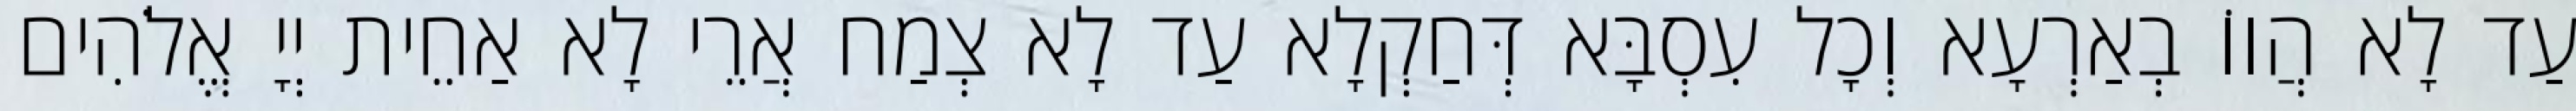
עַד לָא הֲווֹ בְאַרְעָא וְכָל עִסְבָּא דְּחַקְלָא עַד לָא צְמַח אֲרֵי לָא אַחֵית יְיָ אֱלֹהִים